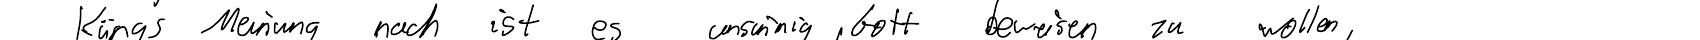
Küngs Meinung nach ist es unsinnig, Gott beweisen zu wollen,